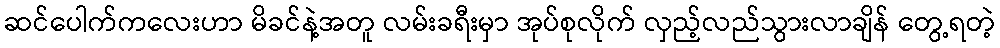
ဆင်ပေါက်ကလေးဟာ မိခင်နဲ့အတူ လမ်းခရီးမှာ အုပ်စုလိုက် လှည့်လည်သွားလာချိန် တွေ့ရတဲ့